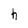
Character: h